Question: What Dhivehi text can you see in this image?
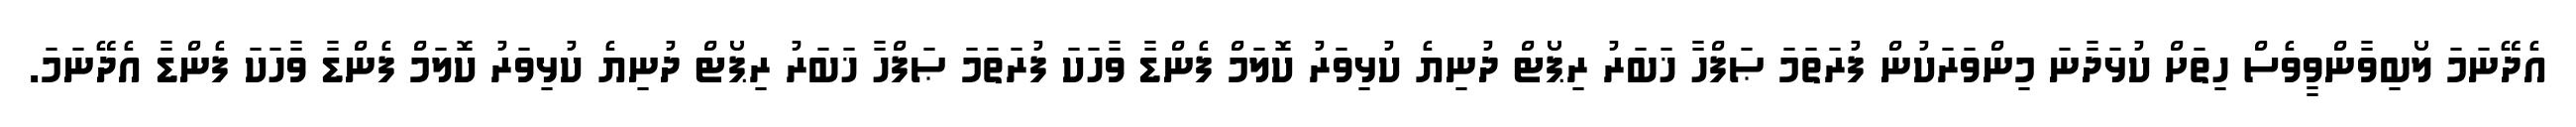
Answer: އެދޭނަމަ ލޯބިވާންވީވެސް ހިތަށް ކުޅަދާނަ މިންވަރަކުން ފުރަތަމަ ޞަފްހާ ޚަބަރު ރިޕޯޓް ދުނިޔެ ކުޅިވަރު ކޮލަމް ފެންޑާ ވާހަކަ ފުރަތަމަ ޞަފްހާ ޚަބަރު ރިޕޯޓް ދުނިޔެ ކުޅިވަރު ކޮލަމް ފެންޑާ ވާހަކަ ފެންޑާ އެދޭނަމަ.